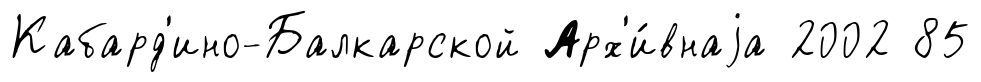
Кабард'ино-Балкарской Арх'и́внаjа 2002 85